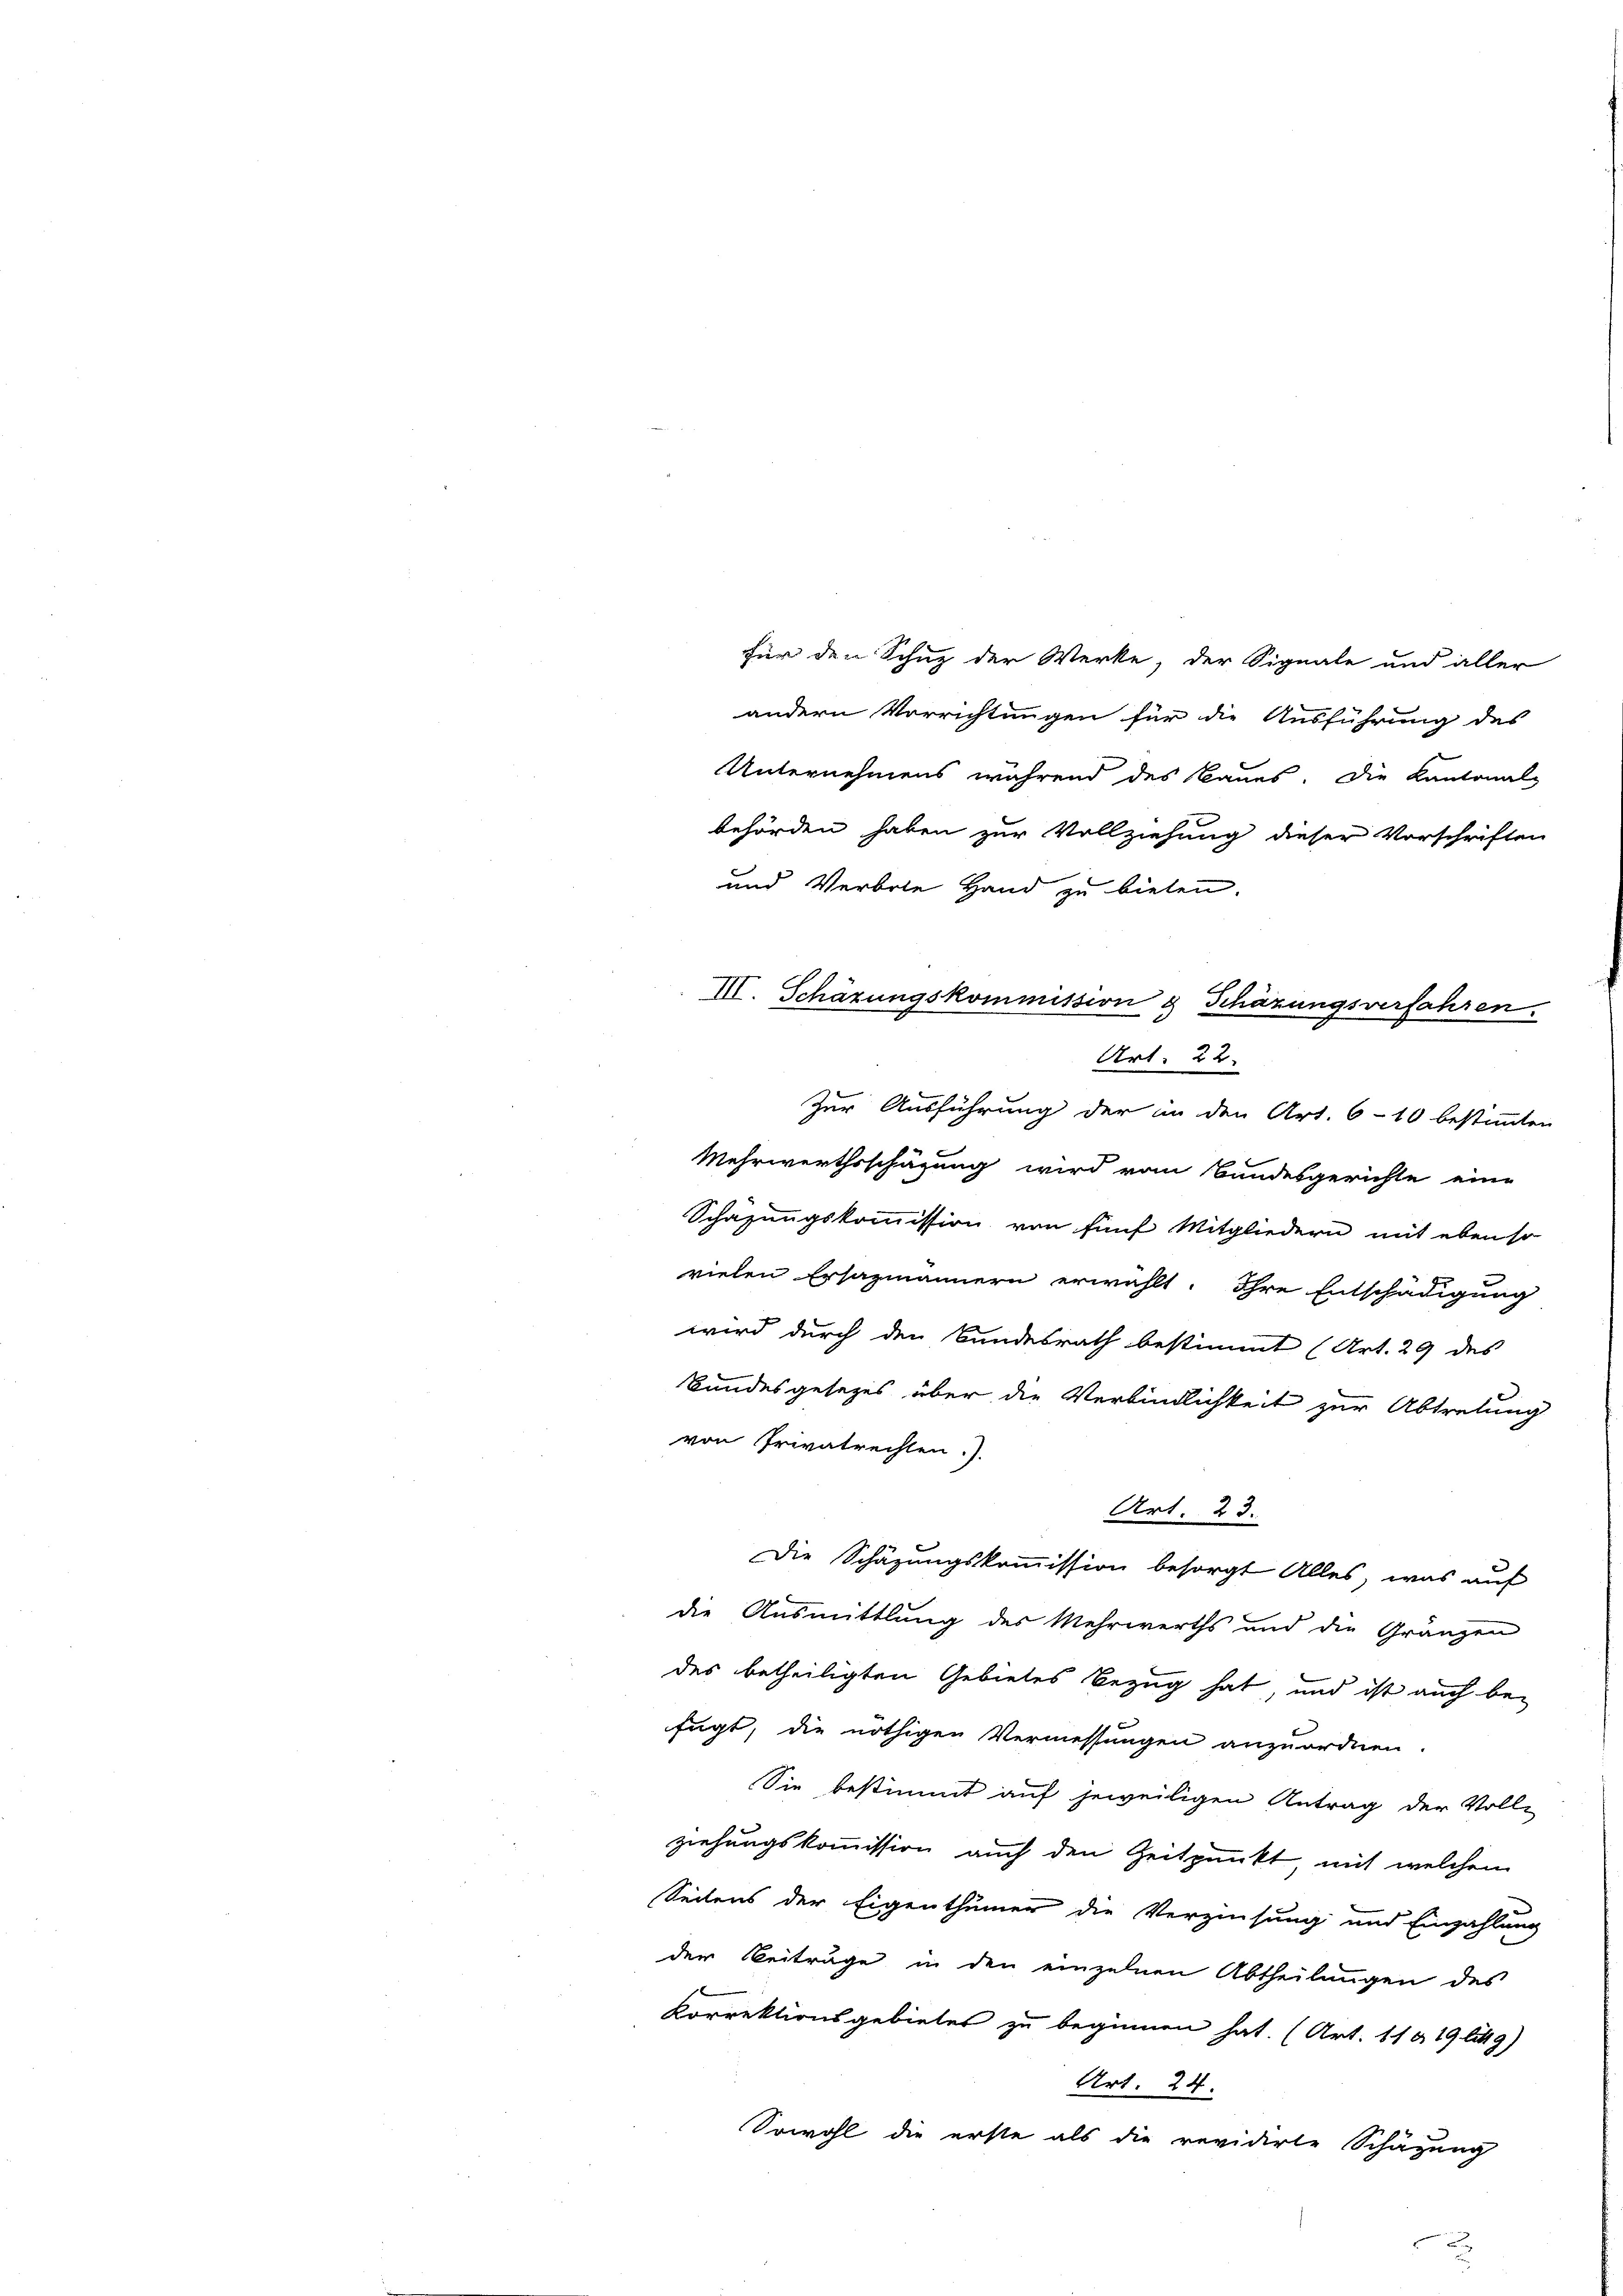
für den Schuz der Werke, der Signale und aller
andern Verrichtungen für die Ausführung des
Unternehmens während des Baues. Die Kantonal-
behörden haben zur Vollziehung dieser Vorschriften
und Verbote Hand zu bieten.

III. Schäzungskommission & Schäzungsverfahren.
Art. 22.
d
zur Ausführung der in den Art. 610 bestimmten

Mehrwerthsschägung wird vom Bundesgerichte eine
Schafungskommission von fünf Mitgliedern mit eben so
vielen Ersazmännern erwählt. Ihre Entschädigung
wird durch den Bundesrath bestimmt (Art. 29 des
Bundesgesetzes über die Verbindlichkeit zur Abtretung
von Privatrechten.)
Art. 23.
Die Schäzungskommission besorgt Alles, was auf
die Ausmittlung des Mehrwerths und die Gränzen
des betheiligten Gebietes Bezug hat, und ist auch bei
fügt, die nöthigen Vermessungen anzuordnen.
Sie bestimmt auf jeweiligen Antrag der Vollz
ziehungskommission auch den Zeitpunkt mit welchem
Seitens der Eigenthümer die Verzinsung und Einzahlung
der Beiträge in den einzelnen Abtheilungen des
Korrektionsgebietes zu beginnen hat. (Art. 11 & 19 litt9)
Art. 24.
Sowohl die erste als die revidirte Schäzung